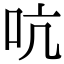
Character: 吭